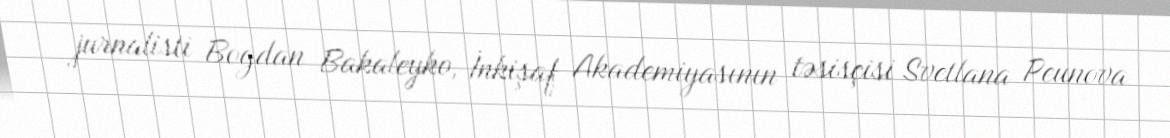
jurnalisti Bogdan Bakaleyko, İnkişaf Akademiyasının təsisçisi Svetlana Peunova